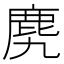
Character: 𪊌